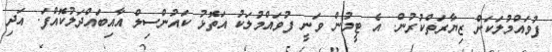
ފުވައްމުލަކަށް ޒިޔާރަތްކުރުން. އެ ޓީމުން ވަނީ ފުވައްމުލަކު އަތޮޅު ކައުންސިލް އާއިބައްދަލުކޮއްފަ. އަދި